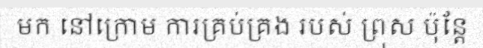
មក នៅក្រោម ការគ្រប់គ្រង របស់ ព្រុស ប៉ុន្តែ